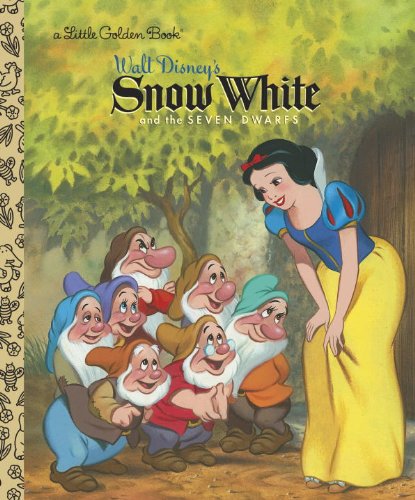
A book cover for Snow White and the Seven Dwarfs (Disney Princess) (Little Golden Book); RH Disney; Children's Books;